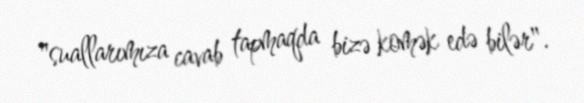
"suallarımıza cavab tapmaqda bizə komək edə bilər".